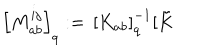
\left[ M _ { a b } ^ { i j } \right] _ { q } : = \, \left[ K _ { a b } \right] _ { q } ^ { - 1 } [ \tilde { K }